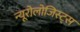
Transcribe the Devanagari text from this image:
न्यूरोलोजिस्ट्स